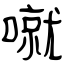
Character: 噈